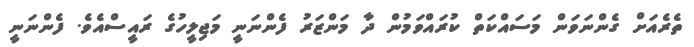
ތެރެއަށް ގެންނަވަން މަސައްކަތް ކުރައްވަމުން ދާ މަންޒަރު ފެންނަނީ މަޖިލީހުގެ ރައީސްއެވެ. ފެންނަނީ